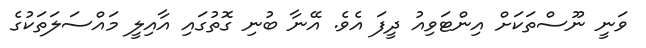
ވަނީ ނޫސްތަކަށް އިންޓަވިއު ދީފަ އެވެ. އޭނާ ބުނި ގޮތުގައި އާއިލީ މައްސަލަތަކުގެ